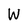
Character: W